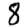
Digit: 8